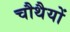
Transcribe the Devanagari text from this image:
चौथैयों